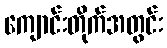
ကျောင်းတိုက်အတွင်း